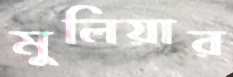
মুলিয়ার